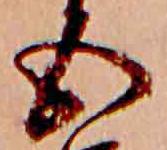
五